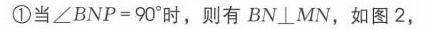
\textcircled{1}当\(\angle BNP = 90^{\circ}\)时，则有\(BN\perp MN\)，如图2，